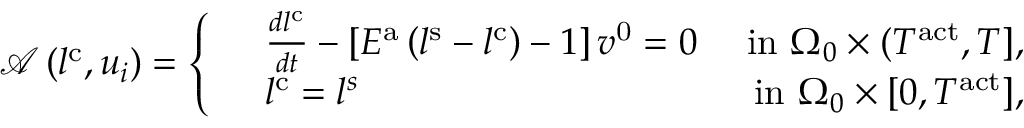
\mathcal { A } \left( l ^ { \mathrm { { c } } } , u _ { i } \right) = \left\{ \begin{array} { r l r } & { \frac { d l ^ { \mathrm { c } } } { d t } - \left[ E ^ { \mathrm { a } } \left( l ^ { \mathrm { s } } - l ^ { \mathrm { c } } \right) - 1 \right] v ^ { \mathrm { 0 } } = 0 } & { \mathrm { ~ i n ~ } \Omega _ { 0 } \times ( T ^ { \mathrm { a c t } } , T ] , } \\ & { l ^ { \mathrm { c } } = l ^ { s } } & { \mathrm { ~ i n ~ } \Omega _ { 0 } \times [ 0 , T ^ { \mathrm { a c t } } ] , } \end{array} \right.